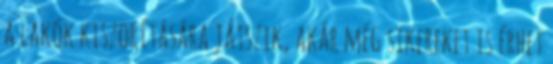
a lakók kiszorítására játszik, akár még sikereket is érhet